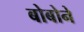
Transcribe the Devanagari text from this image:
बोबोने